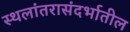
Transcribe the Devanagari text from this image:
स्थलांतरासंदर्भातील